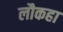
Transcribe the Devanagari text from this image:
लौकहा